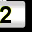
Digit: 2